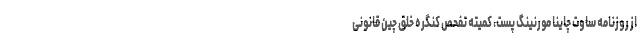
از روزنامه ساوت چاینا مورنینگ پست، کمیته تفحص کنگره خلق چین قانونی